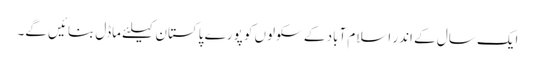
ایک سال کے اندر اسلام آباد کے سکولوں کو پورے پاکستان کیلئے ماڈل بنائیں گے۔